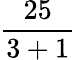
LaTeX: \frac{25}{3+1}